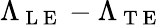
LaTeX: \Lambda_{\mathrm{~L~E~}}-\Lambda_{\mathrm{~T~E~}}